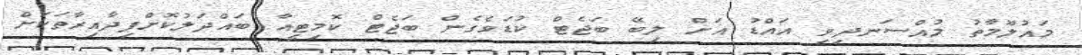
މައުލޫމާތު މުއްސަނދިވި އައްޑު އަށް ލިބޭ ބަޖެޓް ކުޑަވެގެން ބަޖެޓް ކޮމިޓީއާ ބައްދަލުކޮށްފިދާއިރާތަކަށް